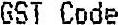
GST CODE